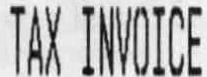
TAX INVOICE